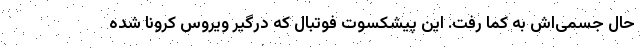
حال جسمی‌اش به کما رفت. این پیشکسوت فوتبال که درگیر ویروس کرونا شده